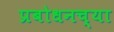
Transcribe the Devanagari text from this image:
प्रबोधनच्या